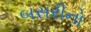
બસરીનો